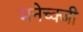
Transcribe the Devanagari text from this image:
मनेच्क्जी